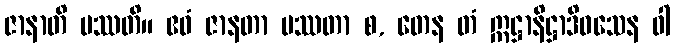
ဇာနာတိ ပဿတိ။ ဧဝံ ဇာနတာ ပဿတာ စ, တေန တံ ဣဋ္ဌာနိဋ္ဌာဒိဝသေန ဝါ